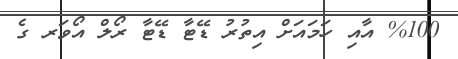
%100 އާއި ހަމައަށް އިތުރު ޑޭޓާ ޑޭޓާ ރޯލް އޯވަރ ގެ